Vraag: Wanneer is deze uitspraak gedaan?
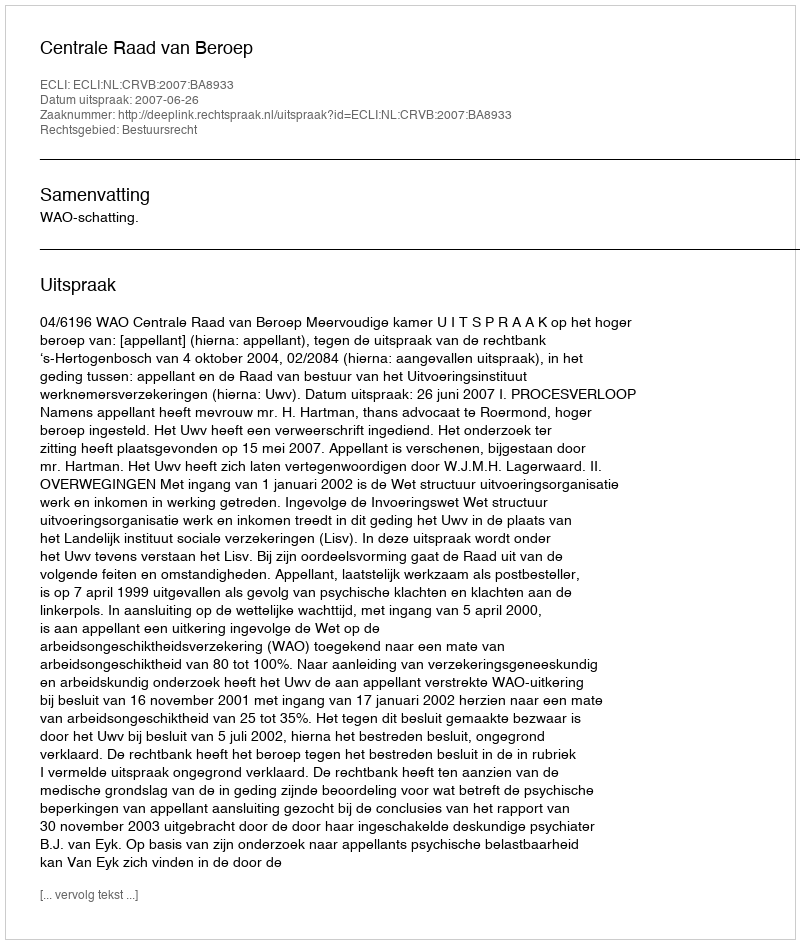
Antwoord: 2007-06-26